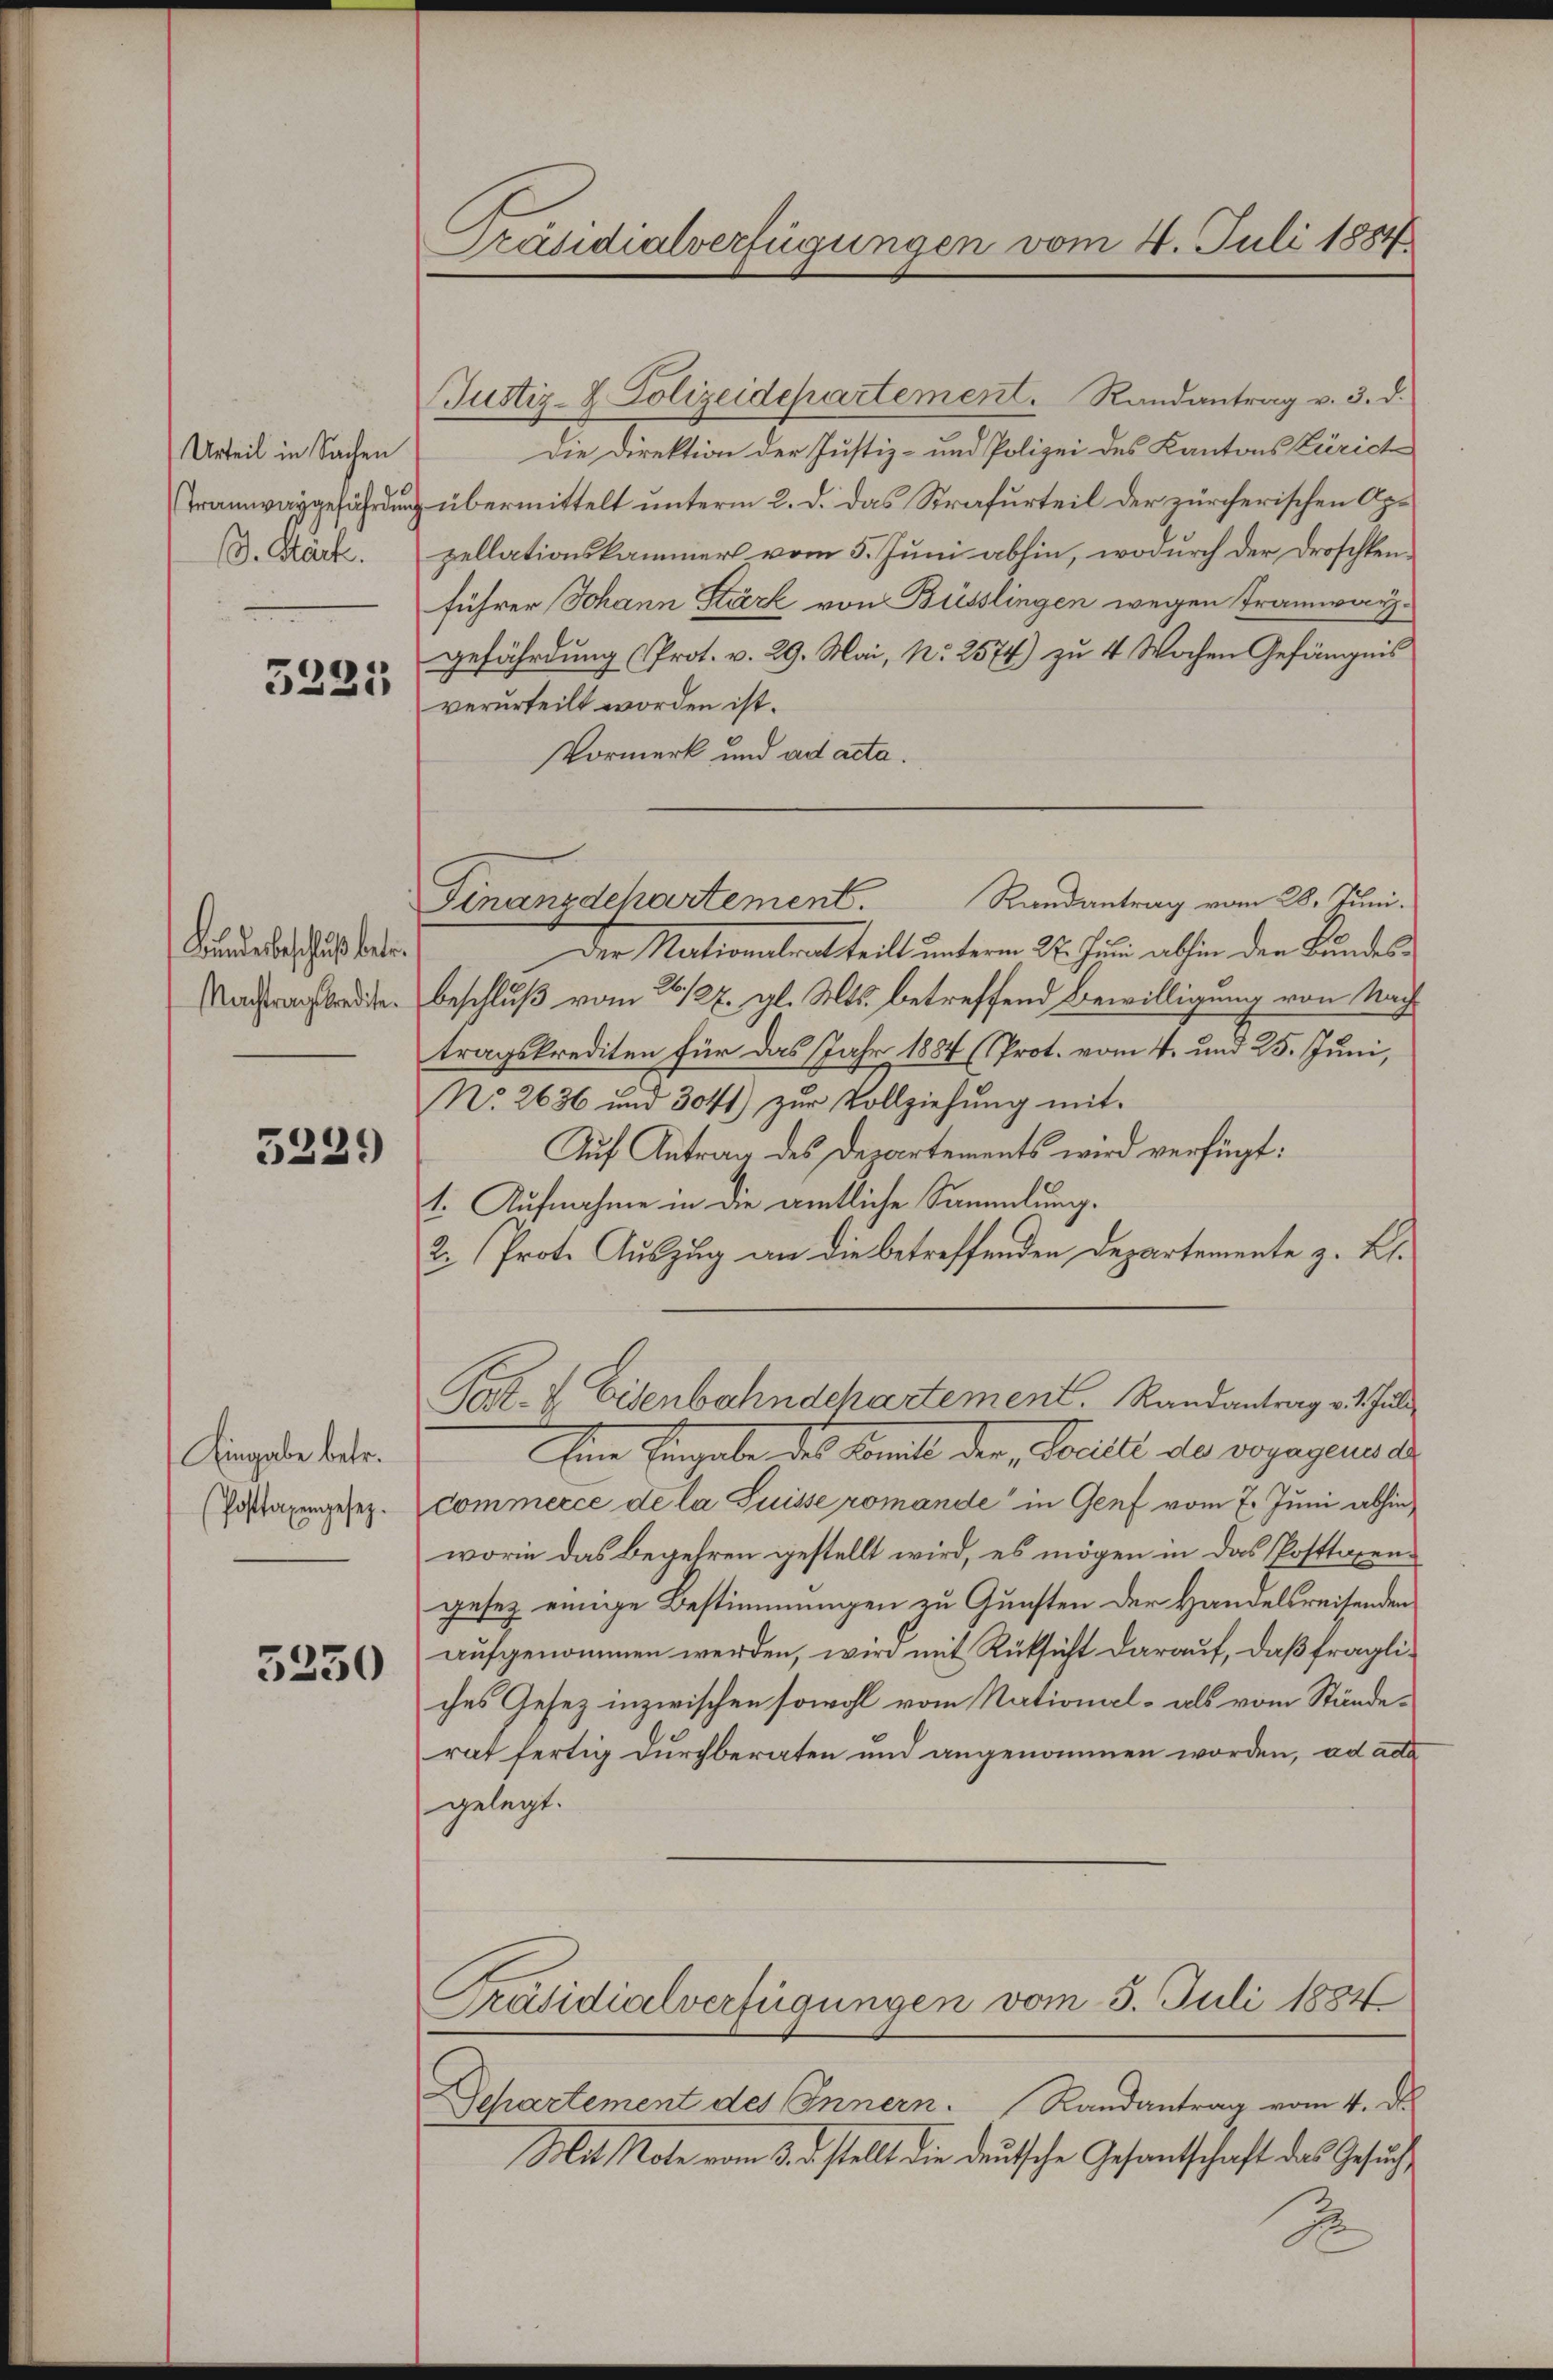
Urteil in Sachen
Tramwaygefährdun
3. Stack

5221

Bundesbeschluß betr.
Nachtragskredite.

5239

Eingabe betr.
(Postaxengesez.

5330

Präsidialverfügungen vom 4. Juli 1884

Justiz- & Polizeidepartement. Randantrag v. 3. d.
Die Direktion der Justiz- und Polizei des Kantons Zürich
übermittelt unterm 2. d. das Strafurteil der zürcherischen Apzellationskammers vom 5. Juni abhin, wodurch der Droschtenführer Johann Stärk von Büsslingen wegen Tramwarzgefährdung (Prot. v. 29. Mai, Nr. 2574) zu 4 Wochen Gefängnis
verurteilt worden ist.
Vormerk und ad acta.
Der Nationalrat teilt unterm 27. Juni abhin den Bundesbeschluß vom 26./27. gl. Mts. betreffend Bewilligung von Nach
tragskrediten für das Jahr 1884 (Prot. vom 4. und 25. Juni,
No. 2636 und 3041) zŭr Vollziehŭng mit
Auf Antrag des Departements wird verfügt:
1. Aufnahme in die amtliche Sammlung.
2. Prot. Auszug an die betreffenden Departemente z. B.
Post- & Eisenbahndepartement. Randantrag v. 1. Juli
Ain Eingabe des Comit der Fall de vorgegens a
commerce de la Puisse romande in Genf vom 7. Juni abhin
worin das Begehren gestellt wird, es mögen in das Posttaxengesez einige Bestimmungen zu Gunsten der Handelsreisenden
aufgenommen werden, wird mit Rüksicht darauf, daß fragliches Gesetz inzwischen sowohl vom National- als vom Ständerat fertig durchberaten und angenommen worden, ad ada
gelegt.
Präsidialverfügungen vom 3. Juli 1884
Departement des Innern. Randantrag vom 4. D
Mit Note vom 3. d. stellt die deutsche Gesandtschaft das Gesuch¬
.

Finanzdchartement. Randantrag vom 28. Juni.